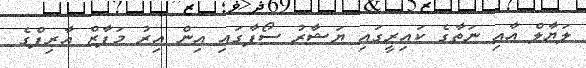
ލަޔާލް އާއި ނަތާގެ ކައިރީގައި ޔަޝާރު ސޯފާގައި އިން އިރު މަފާޒް އާރިފްގެ